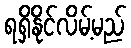
ရရှိနိုင်လိမ့်မည်